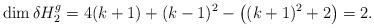
LaTeX: \begin{align*} \dim \delta H_2^g = 4(k+1) + (k-1)^2-\left( (k+1)^2+2\right)=2.\end{align*}